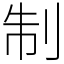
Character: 制